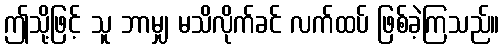
ဤသို့ဖြင့် သူ ဘာမျှ မသိလိုက်ခင် လက်ထပ် ဖြစ်ခဲ့ကြသည်။